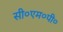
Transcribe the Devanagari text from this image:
सी०एम०पी०